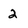
Character: 2